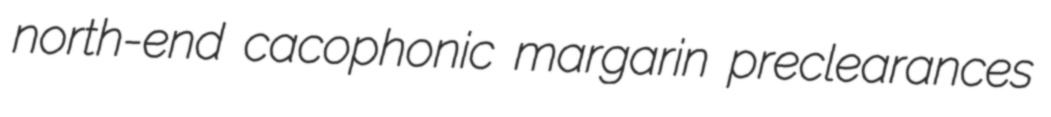
north-end cacophonic margarin preclearances